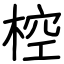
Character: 椌